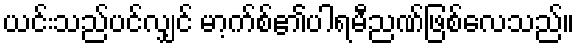
ယင်းသည်ပင်လျှင် မာ့က်စ်၏ပါရမီညဏ်ဖြစ်လေသည်။